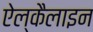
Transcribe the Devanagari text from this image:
ऐल्कैलाइन